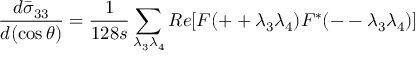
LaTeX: \frac { d \bar { \sigma } _ { 3 3 } } { d ( \cos \theta ) } = \frac { 1 } { 1 2 8 s } \sum _ { \lambda _ { 3 } \lambda _ { 4 } } R e [ F ( + + \lambda _ { 3 } \lambda _ { 4 } ) F ^ { * } ( -- \lambda _ { 3 } \lambda _ { 4 } ) ]